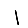
Digit: 1